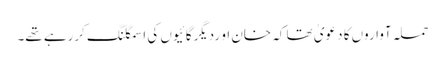
حملہ آواروں کا دعویٰ تھا کہ خان او ردیگرگائیوں کی اسمگلنگ کررہے تھے۔